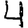
Digit: 4